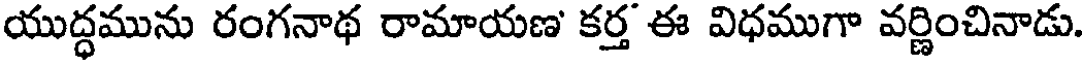
యుద్ధమును రంగనాథ రామాయణ కర్త ఈ విధముగా వర్ణించినాడు.